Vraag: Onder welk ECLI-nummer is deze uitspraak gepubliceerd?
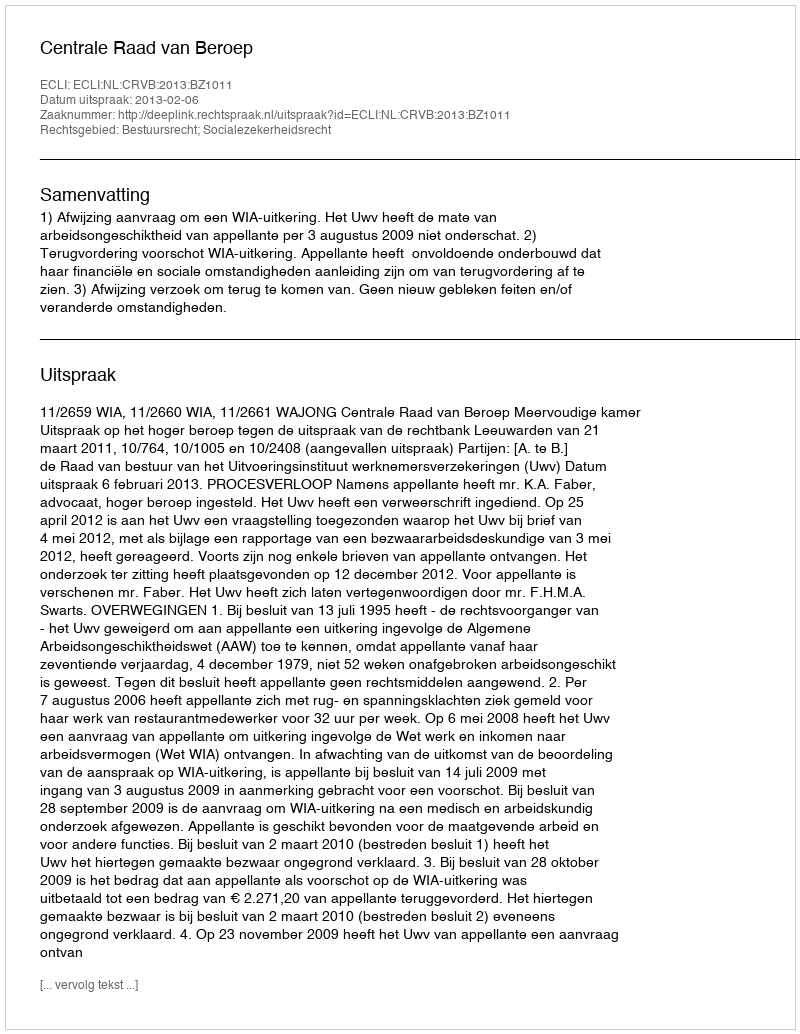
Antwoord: ECLI:NL:CRVB:2013:BZ1011